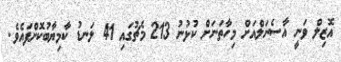
އޮޒިލް ވަނީ އާސެނަލްއަށް މިހާތަނަށް ކުޅުނު 213 މެޗުގައި 41 ލަނޑު ކާމިޔާބުކޮށްފައެވެ.